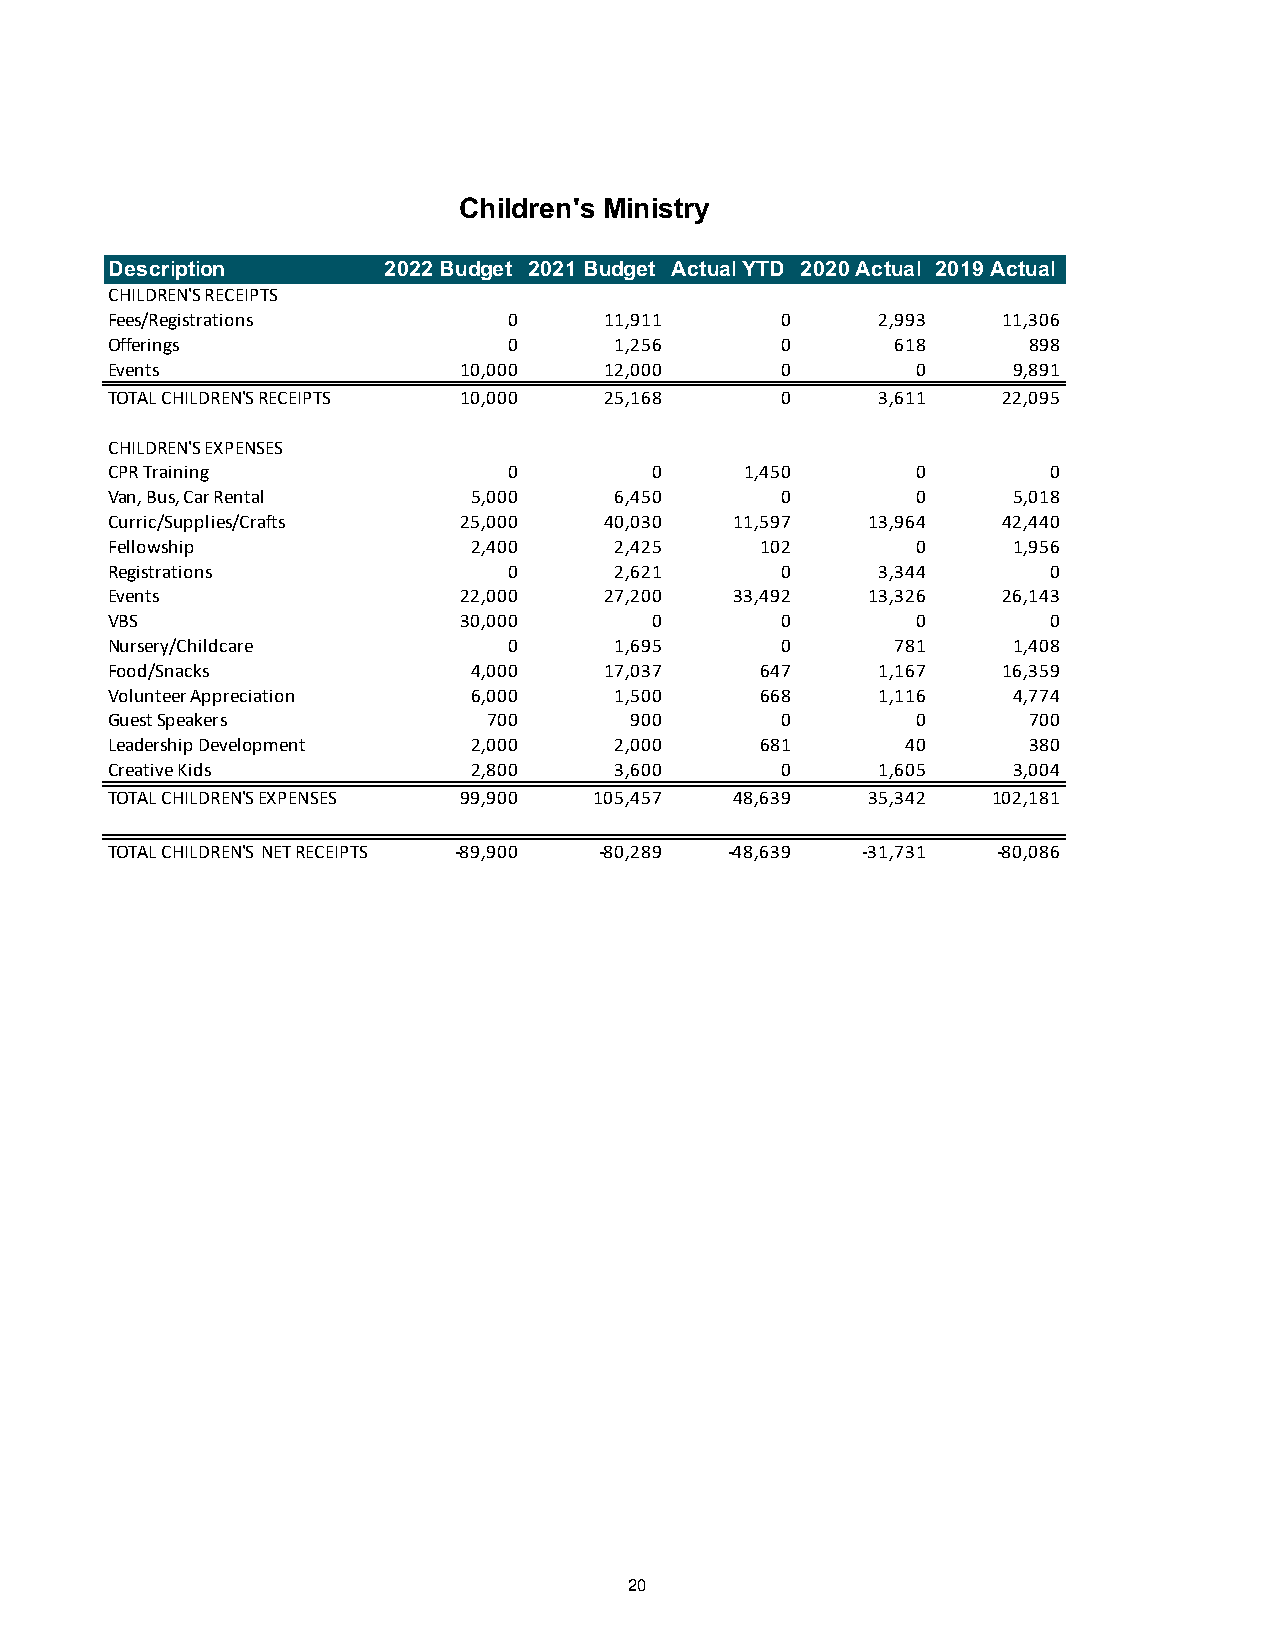
Children's Ministry
 Description       2022 Budget 2021 Budget Actual YTD 2020 Actual 2019 Actual
 CHILDREN'S RECEIPTS
 Fees/Registrations         0     11,911      0     2,993   11,306
 Offerings                  0      1,256      0      618      898
 Events                 10,000    12,000      0        0     9,891
 TOTAL CHILDREN'S RECEIPTS 10,000 25,168      0     3,611   22,095
 CHILDREN'S EXPENSES
 CPR Training               0        0     1,450       0        0
 Van, Bus, Car Rental    5,000     6,450      0        0     5,018
 Curric/Supplies/Crafts 25,000    40,030   11,597  13,964   42,440
 Fellowship              2,400     2,425    102        0     1,956
 Registrations              0      2,621      0     3,344       0
 Events                 22,000    27,200   33,492  13,326   26,143
 VBS                    30,000       0        0        0        0
 Nursery/Childcare          0      1,695      0      781     1,408
 Food/Snacks             4,000    17,037    647     1,167   16,359
 Volunteer Appreciation  6,000     1,500    668     1,116    4,774
 Guest Speakers           700       900       0        0      700
 Leadership Development  2,000     2,000    681       40      380
 Creative Kids           2,800     3,600      0     1,605    3,004
 TOTAL CHILDREN'S EXPENSES 99,900 105,457  48,639  35,342   102,181
 TOTAL CHILDREN'S NET RECEIPTS -89,900 -80,289 -48,639 -31,731 -80,086
 20